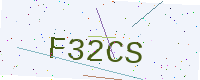
Text: F32CS